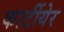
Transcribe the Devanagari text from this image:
कार्टीयेर